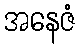
အနေဇံ